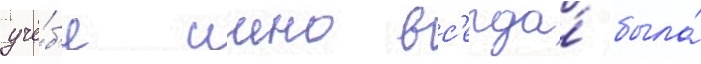
учё́б'е иино вс'егда́ была́